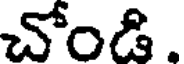
చోండి.